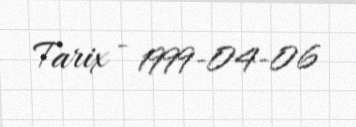
Tarix - 1999-04-06